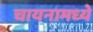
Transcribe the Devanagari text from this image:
चायनामध्ये